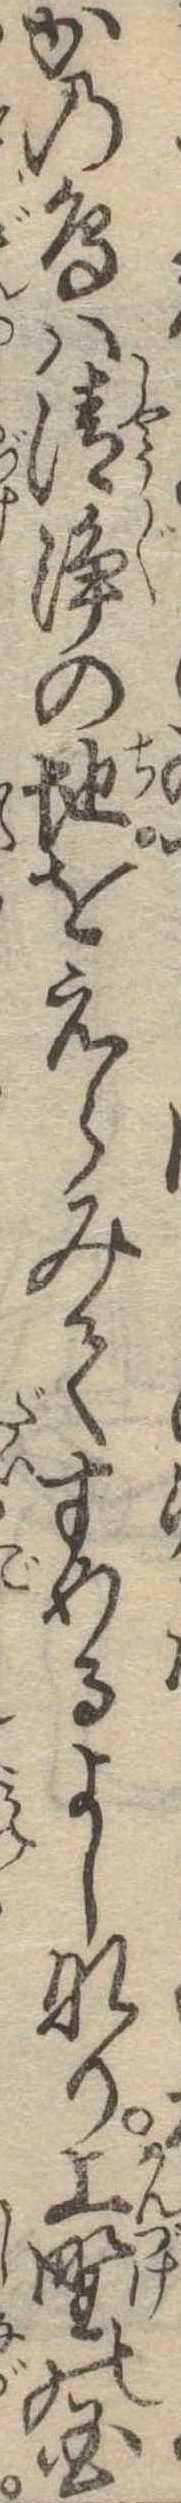
かの鳥は清浄の地をえらみてすめるよしなり上野の国